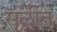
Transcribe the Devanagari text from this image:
सलीत